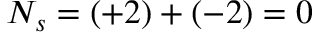
N _ { s } = ( + 2 ) + ( - 2 ) = 0